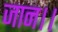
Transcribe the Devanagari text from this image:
जान।।